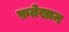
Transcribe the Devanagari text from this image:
फ़तेखान